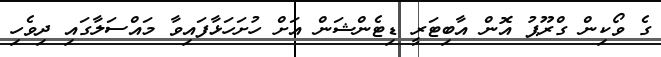
ގެ ވޯކިން ގްރޫޕު އޮން އާބިޓަރީ ޑިޓެންޝަން އަށް ހުށަހަޅާފައިވާ މައްސަލާގައި ދިވެހި